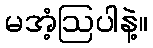
မအံ့ဩပါနဲ့။